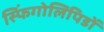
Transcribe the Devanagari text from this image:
स्फिंगोलिपिडों